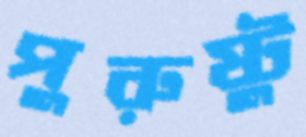
পুরুষ্টু